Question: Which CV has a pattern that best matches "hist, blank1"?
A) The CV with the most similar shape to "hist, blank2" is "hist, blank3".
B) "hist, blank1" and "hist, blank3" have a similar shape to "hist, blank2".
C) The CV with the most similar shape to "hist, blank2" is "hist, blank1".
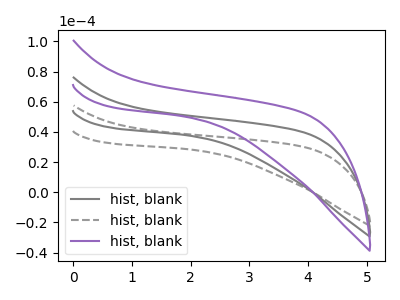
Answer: <think>The gray curve "hist, blank1" has no peaks. The gray dashed curve "hist, blank2" has no peaks. The purple curve "hist, blank3" has no peaks.
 Neither "hist, blank1" or "hist, blank2" have any peaks. Neither "hist, blank1" or "hist, blank3" have any peaks. Neither "hist, blank2" or "hist, blank3" have any peaks.</think>
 <answer>B) "hist, blank1" and "hist, blank3" have a similar shape to "hist, blank2".</answer>
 <eval>B</eval>